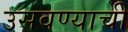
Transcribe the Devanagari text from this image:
उसवण्याची